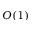
O ( 1 )